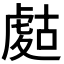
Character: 𧇉